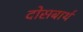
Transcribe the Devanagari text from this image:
दोसबार्थ